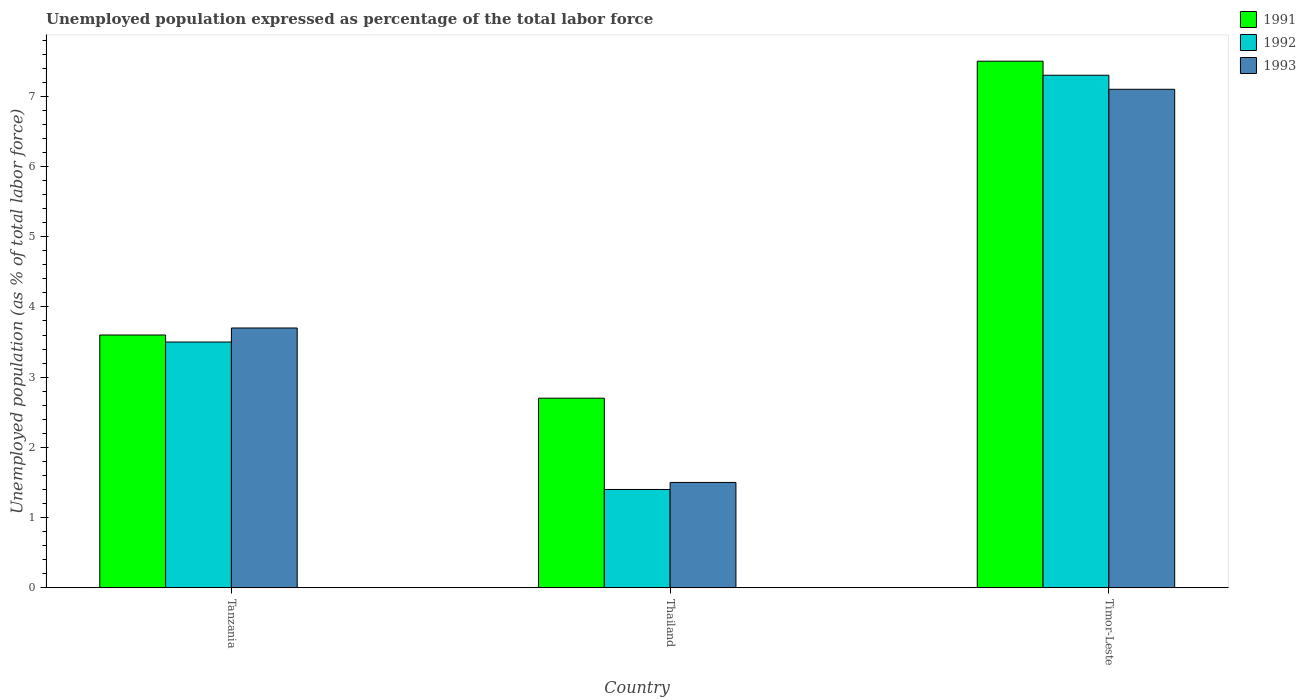
| Country | 1991 | 1992 | 1993 |
 | --- | --- | --- | --- |
 | Tanzania | 3.6 | 3.5 | 3.7 |
 | Thailand | 2.7 | 1.4 | 1.5 |
 | Timor-Leste | 7.5 | 7.3 | 7.1 |